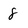
Character: 8